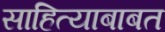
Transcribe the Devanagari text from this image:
साहित्याबाबत